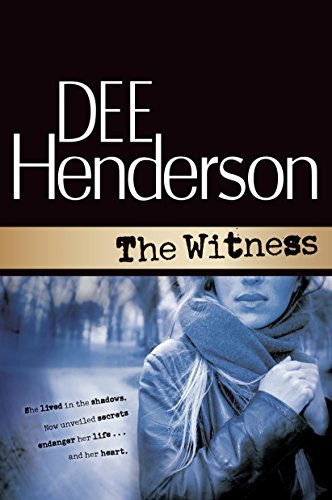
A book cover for The Witness; Dee Henderson; Romance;